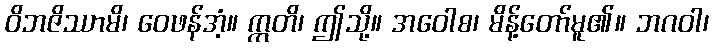
ဝိဘဇိဿာမိ၊ ဝေဖန်အံ့။ ဣတိ၊ ဤသို့။ အဝေါစ၊ မိန့်တော်မူ၏။ ဘဂဝါ၊